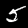
Label: 5